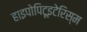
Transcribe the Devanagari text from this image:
हाइपोपिटूइटेरिस्म